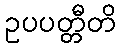
ဥပပတ္တီတိ